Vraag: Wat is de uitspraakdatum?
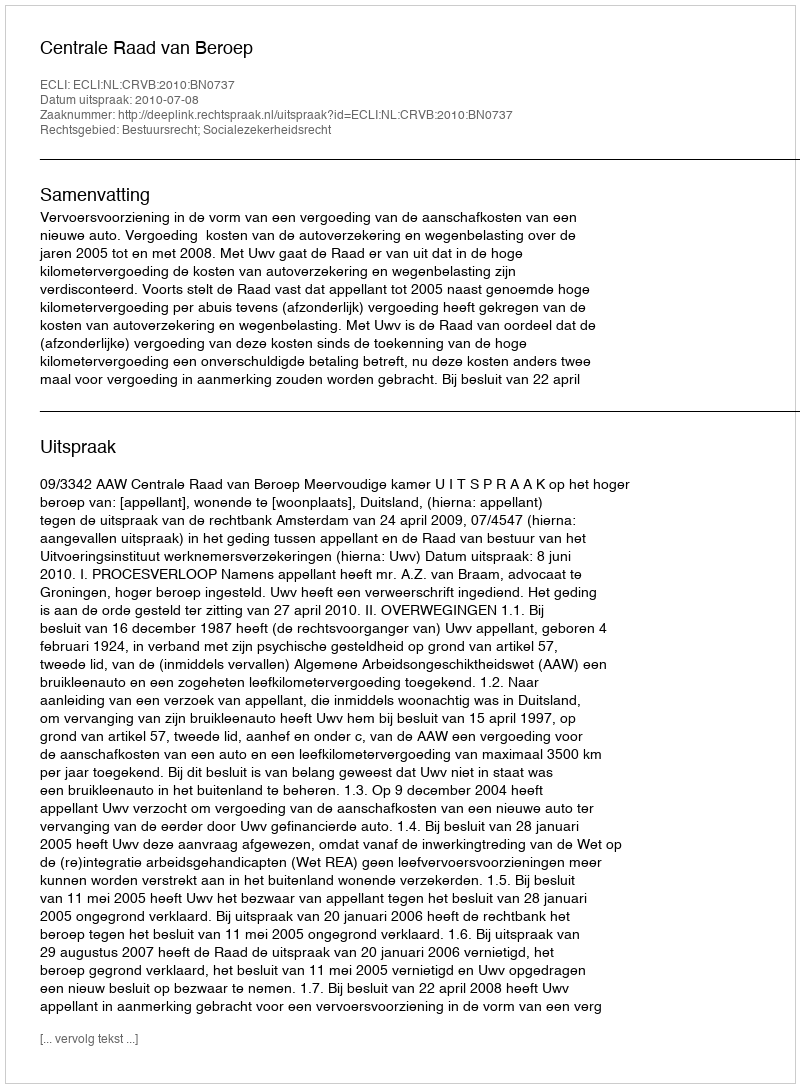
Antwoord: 2010-07-08